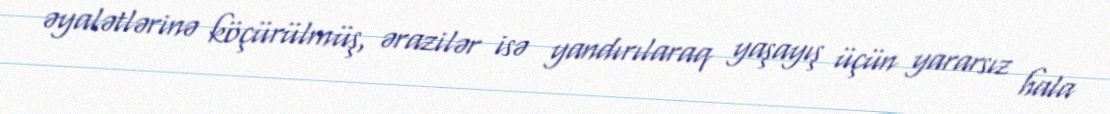
əyalətlərinə köçürülmüş, ərazilər isə yandırılaraq yaşayış üçün yararsız hala